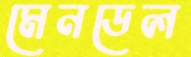
মেনডেল